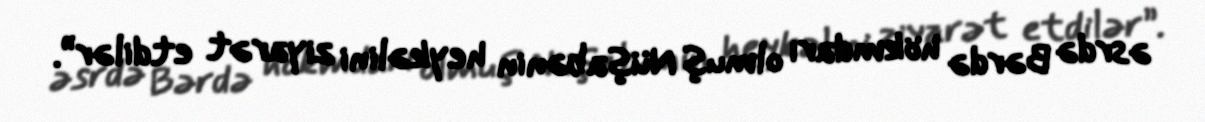
əsrdə Bərdə hökmdarı olmuş Nüşabənin heykəlini ziyarət etdilər”.